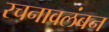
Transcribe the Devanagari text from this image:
रचनावलंबन